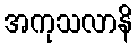
အကုသလာနိ